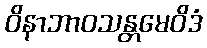
ဝိနာဘာဝသန္တမေဝိဒံ